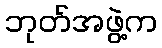
ဘုတ်အဖွဲ့က